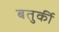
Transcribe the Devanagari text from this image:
बतुर्की